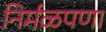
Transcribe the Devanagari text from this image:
निर्मळपणा